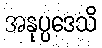
အနုပ္ပဒေသိ